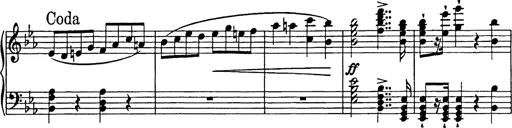
Title: Festmarsch zur SÃ¤cularfeier von Goethes Geburtstag
Composer: Franz Liszt